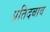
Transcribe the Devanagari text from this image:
प्रतिदबाव